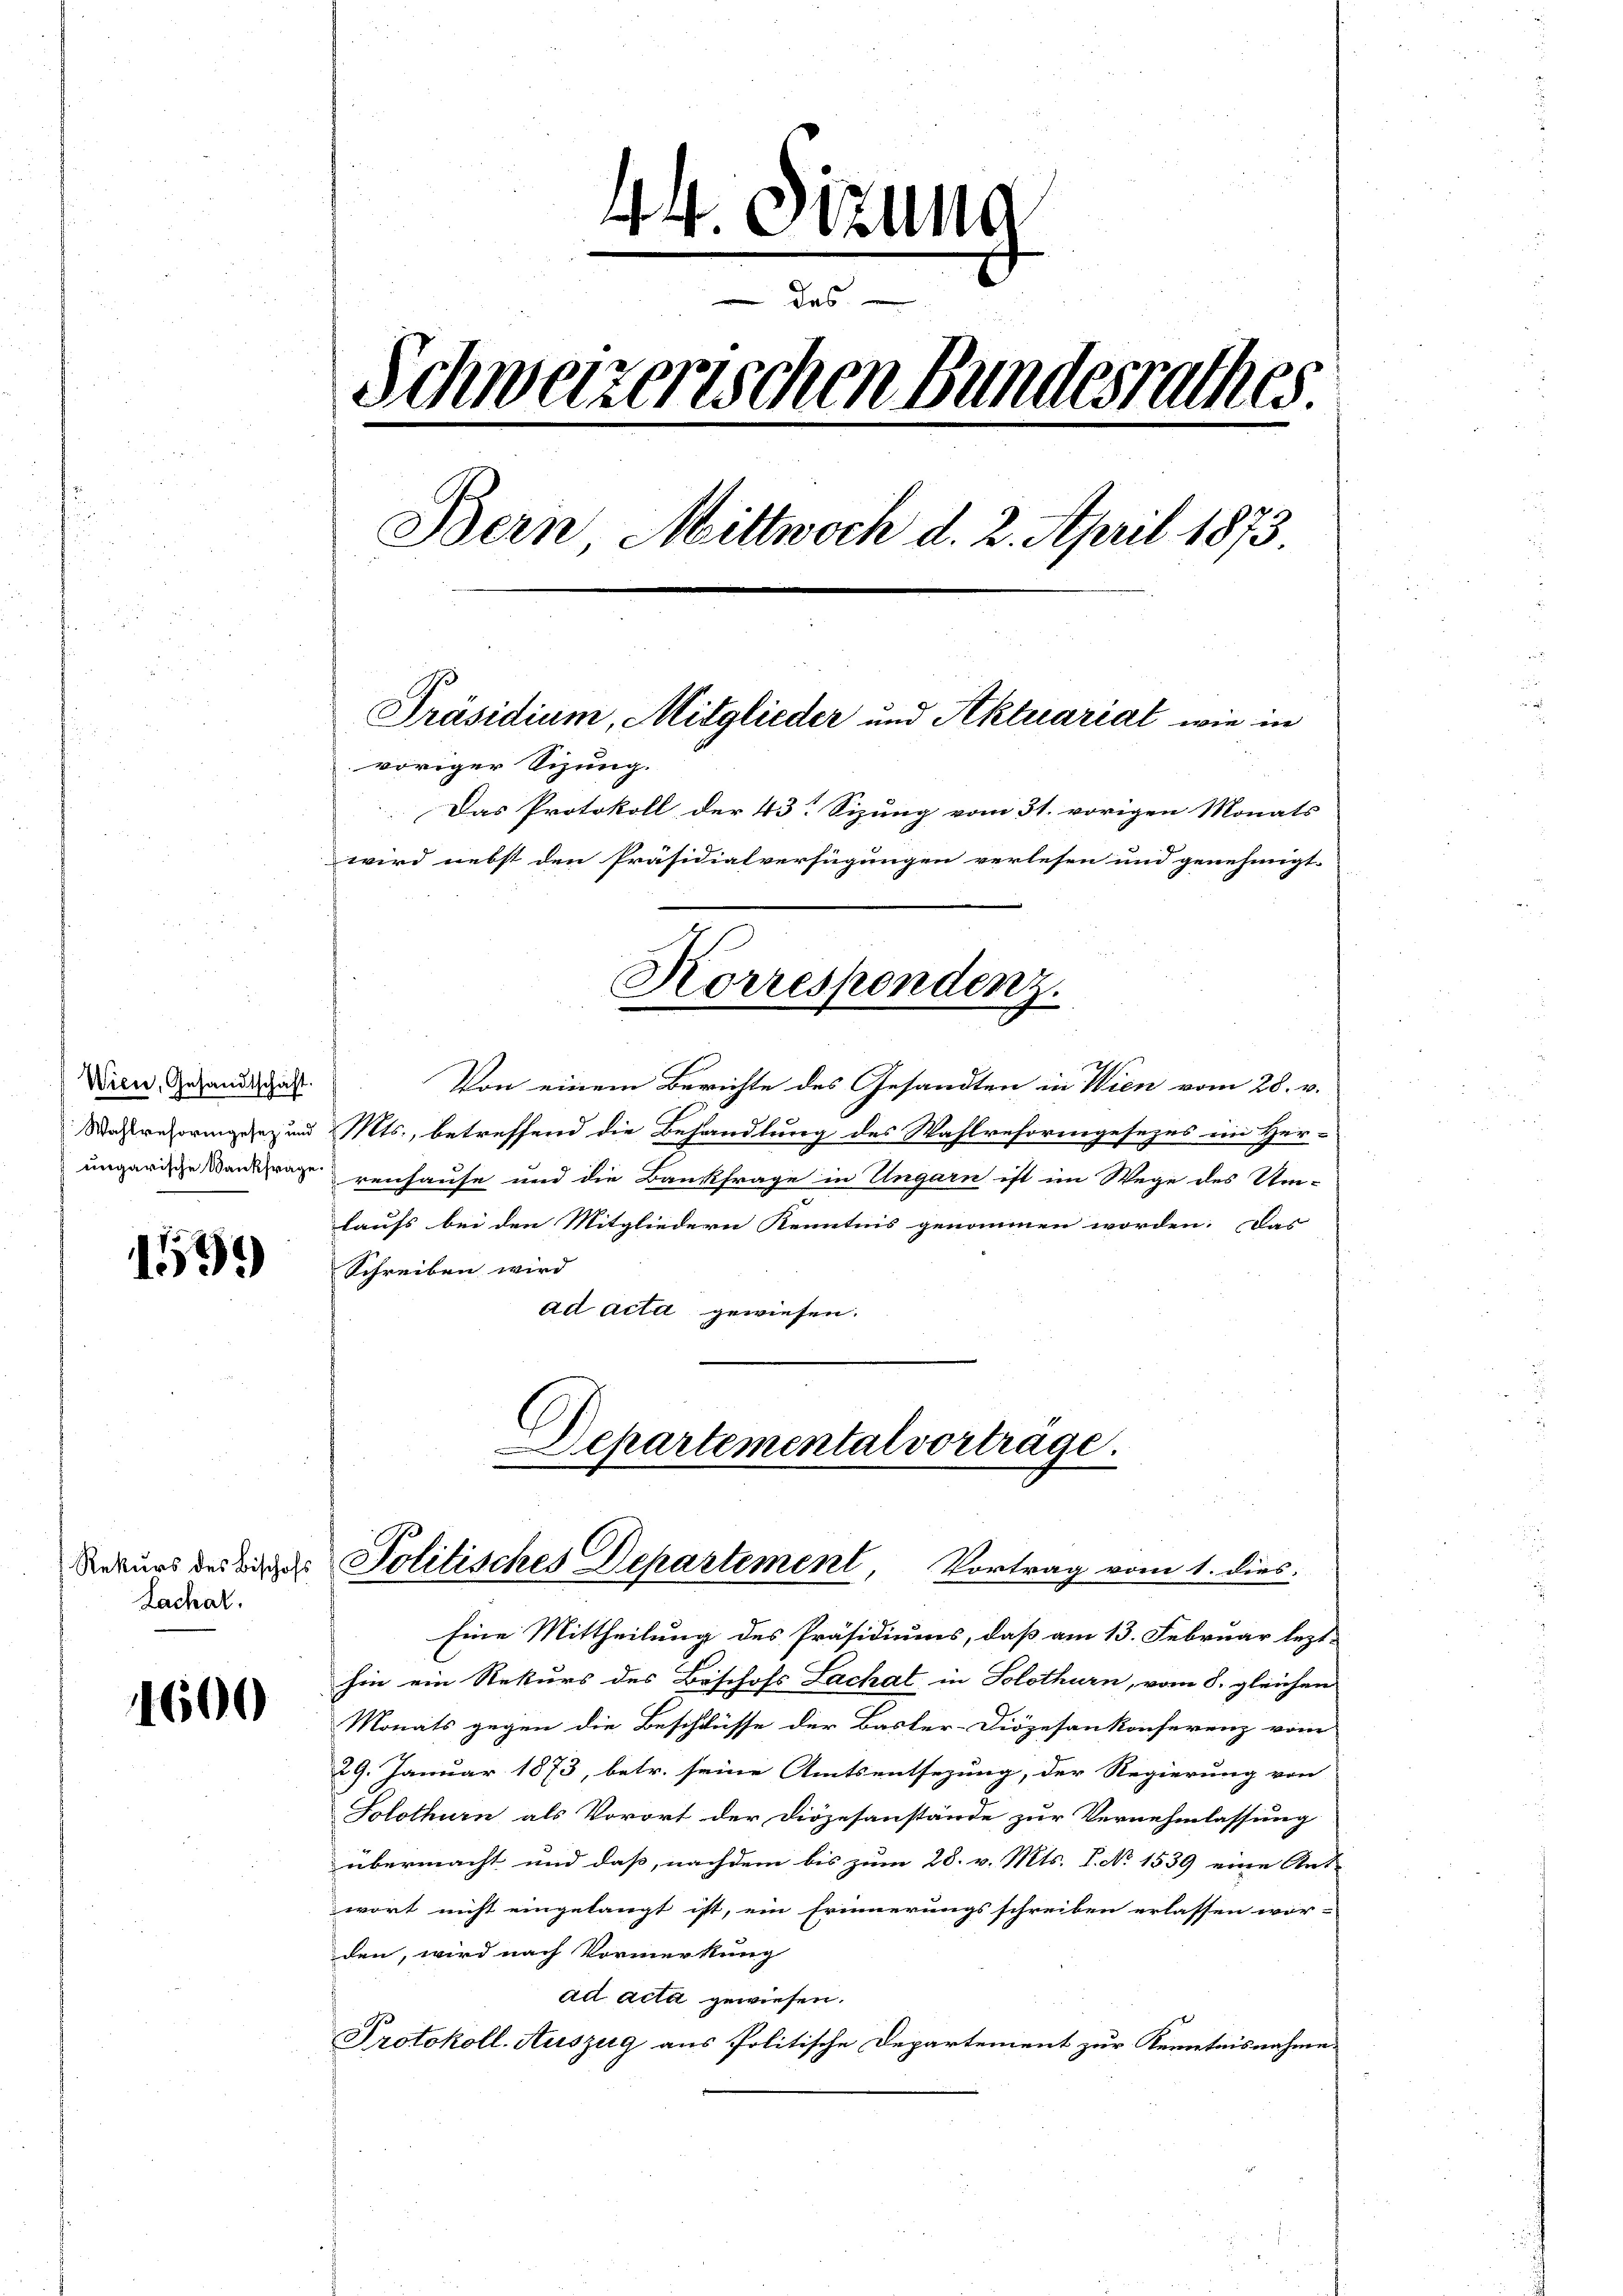
Wien, Gesandtschaft.

1539

Lachat.

1600

44. Sitzung
 des
Schweizerischen Bundesrathes
Bern Mittwoch d. 2. April 1873.
Präsidium, Mitglieder und Aktuariat wie in
voriger Sizung.
Das Protokoll der 43. Sizung vom 31. vorigen Monats
wird nebst den Präsidialverfügungen verlesen und genehmigt.
Korrespondenz.

Von einem Berichte des Gesandten in Wien vom 28. v.
Massregeringez und Mts., betreffend die Behandlung des Wahlreforengesezes ein Her-
ungarische antrage venhause und die Bankfrage in Ungarn ist im Wege des Um-
laufs bei den Mitgliedern Kenntnis genommen worden. Das
Schreiben wird
ad acta gewiesen.
Departemental vorträge.

Rekurs des Wider Politisches Departement, Vortrag vom 1. dies

Eine Mittheilung des Präsidiums, daß am 13. Februar lezt-
hin ein Rekurs des Beschofs Lachat, in Solothurn, vom 8. gleichen
Monats gegen die Beschlüsse der Basler-Diözesankonferenz vom
29. Januar 1873, betr. seine Amtsentsezung, der Regierung von
Solothurn als Vorort der Diözesanstände zur Vernehmlassung
übermacht und daß, nachdem bis zum 28. v. Mts. P. No 1539 eine Ant-
wort nicht eingelangt ist, ein Erinnerungsschreiben erlassen wor-
den, wird nach Vormerkung
ad acta gewiesen.
Protokoll-Auszug aus Politische Departement zur Kenntnisnahme